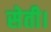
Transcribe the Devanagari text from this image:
सेती।